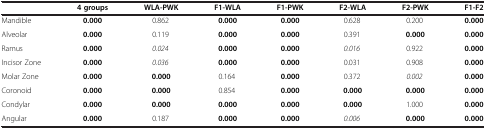
<table><thead><tr><td><b> </b></td><td><b>4 groups</b></td><td><b>WLA-PWK</b></td><td><b>F1-WLA</b></td><td><b>F1-PWK</b></td><td><b>F2-WLA</b></td><td><b>F2-PWK</b></td><td><b>F1-F2</b></td></tr></thead><tbody><tr><td>Mandible</td><td><b>0.000</b></td><td>0.862</td><td><b>0.000</b></td><td><b>0.000</b></td><td>0.628</td><td>0.200</td><td><b>0.000</b></td></tr><tr><td>Alveolar</td><td><b>0.000</b></td><td>0.119</td><td><b>0.000</b></td><td><b>0.000</b></td><td>0.391</td><td><b>0.000</b></td><td><b>0.000</b></td></tr><tr><td>Ramus</td><td><b>0.000</b></td><td><i>0.024</i></td><td><b>0.000</b></td><td><b>0.000</b></td><td><i>0.016</i></td><td>0.922</td><td><b>0.000</b></td></tr><tr><td>Incisor Zone</td><td><b>0.000</b></td><td><i>0.036</i></td><td><b>0.000</b></td><td><b>0.000</b></td><td>0.031</td><td>0.908</td><td><b>0.000</b></td></tr><tr><td>Molar Zone</td><td><b>0.000</b></td><td><b>0.000</b></td><td>0.164</td><td><b>0.000</b></td><td>0.372</td><td><i>0.002</i></td><td><b>0.000</b></td></tr><tr><td>Coronoid</td><td><b>0.000</b></td><td><b>0.000</b></td><td>0.854</td><td><b>0.000</b></td><td><b>0.000</b></td><td><b>0.000</b></td><td><b>0.000</b></td></tr><tr><td>Condylar</td><td><b>0.000</b></td><td><b>0.000</b></td><td><b>0.000</b></td><td><b>0.000</b></td><td><b>0.000</b></td><td>1.000</td><td><b>0.000</b></td></tr><tr><td>Angular</td><td><b>0.000</b></td><td>0.187</td><td><b>0.000</b></td><td><b>0.000</b></td><td><i>0.006</i></td><td><b>0.000</b></td><td><b>0.000</b></td></tr></tbody></table>